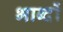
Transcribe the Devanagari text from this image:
भाब्दों